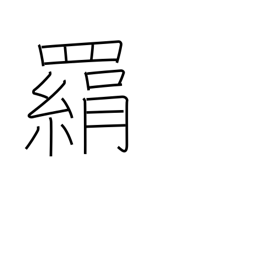
Meaning: trap